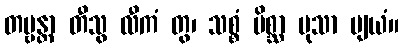
တဗ္ဗန္တာ တီသွ လီကံ တွ၊ သစ္စံ မိစ္ဆာ မုသာ ဗျယံ။